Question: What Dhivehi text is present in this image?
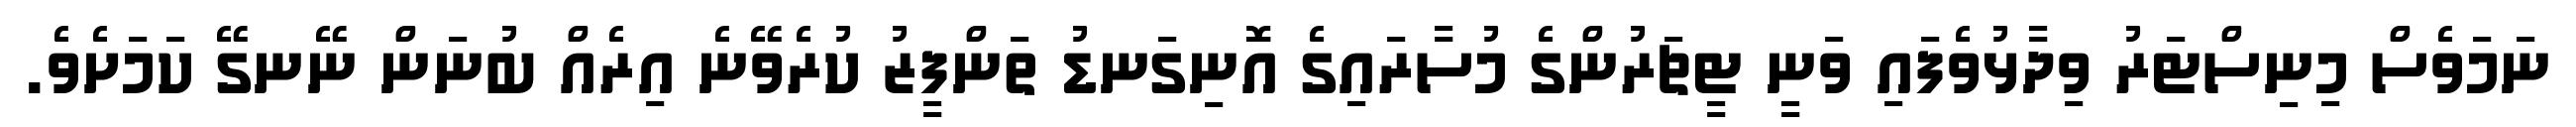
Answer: ނަމަވެސް މިނިސްޓަރު ވިދާޅުވެފައި ވަނީ ޓީޗަރުންގެ މުސާރައިގެ އޮނިގަނޑު ތަންފީޒު ކުރެވޭނެ އިރެއް ބުނަން ނޭނގޭ ކަމަށެވެ.